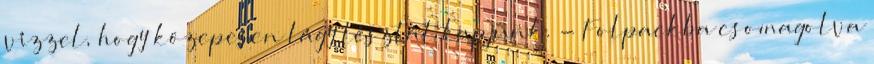
vízzel, hogy közepesen lágy tésztát kapjunk. - Folpackba csomagolva